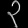
Digit: ၃